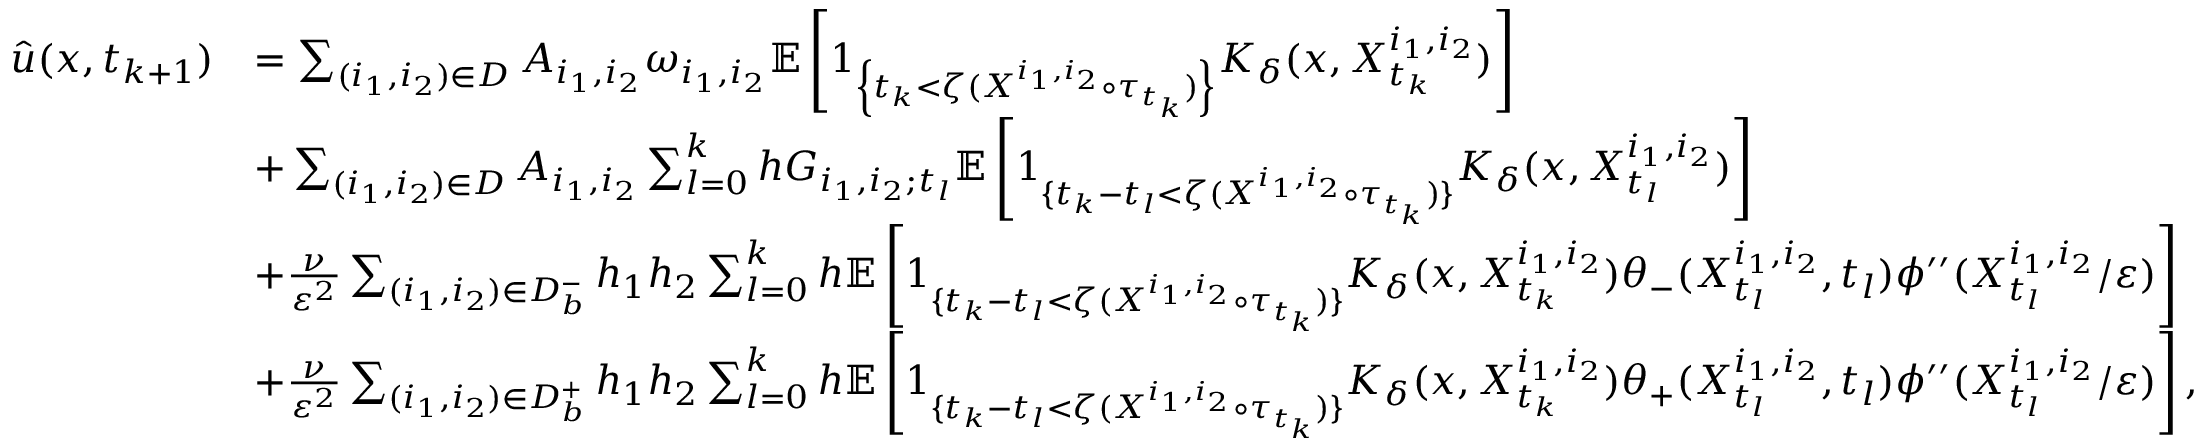
\begin{array} { r l } { \Hat { u } ( x , t _ { k + 1 } ) } & { = \sum _ { ( i _ { 1 } , i _ { 2 } ) \in D } A _ { i _ { 1 } , i _ { 2 } } \omega _ { i _ { 1 } , i _ { 2 } } \mathbb { E } \left[ 1 _ { \left\{ t _ { k } < \zeta ( X ^ { i _ { 1 } , i _ { 2 } } \circ \tau _ { t _ { k } } ) \right\} } K _ { \delta } ( x , X _ { t _ { k } } ^ { i _ { 1 } , i _ { 2 } } ) \right] } \\ & { + \sum _ { ( i _ { 1 } , i _ { 2 } ) \in D } A _ { i _ { 1 } , i _ { 2 } } \sum _ { l = 0 } ^ { k } h G _ { i _ { 1 } , i _ { 2 } ; t _ { l } } \mathbb { E } \left[ 1 _ { \{ t _ { k } - t _ { l } < \zeta ( X ^ { i _ { 1 } , i _ { 2 } } \circ \tau _ { t _ { k } } ) \} } K _ { \delta } ( x , X _ { t _ { l } } ^ { i _ { 1 } , i _ { 2 } } ) \right] } \\ & { + \frac { \nu } { \varepsilon ^ { 2 } } \sum _ { ( i _ { 1 } , i _ { 2 } ) \in D _ { b } ^ { - } } h _ { 1 } h _ { 2 } \sum _ { l = 0 } ^ { k } h \mathbb { E } \left[ 1 _ { \{ t _ { k } - t _ { l } < \zeta ( X ^ { i _ { 1 } , i _ { 2 } } \circ \tau _ { t _ { k } } ) \} } K _ { \delta } ( x , X _ { t _ { k } } ^ { i _ { 1 } , i _ { 2 } } ) \theta _ { - } ( X _ { t _ { l } } ^ { i _ { 1 } , i _ { 2 } } , t _ { l } ) \phi ^ { \prime \prime } ( X _ { t _ { l } } ^ { i _ { 1 } , i _ { 2 } } / \varepsilon ) \right] } \\ & { + \frac { \nu } { \varepsilon ^ { 2 } } \sum _ { ( i _ { 1 } , i _ { 2 } ) \in D _ { b } ^ { + } } h _ { 1 } h _ { 2 } \sum _ { l = 0 } ^ { k } h \mathbb { E } \left[ 1 _ { \{ t _ { k } - t _ { l } < \zeta ( X ^ { i _ { 1 } , i _ { 2 } } \circ \tau _ { t _ { k } } ) \} } K _ { \delta } ( x , X _ { t _ { k } } ^ { i _ { 1 } , i _ { 2 } } ) \theta _ { + } ( X _ { t _ { l } } ^ { i _ { 1 } , i _ { 2 } } , t _ { l } ) \phi ^ { \prime \prime } ( X _ { t _ { l } } ^ { i _ { 1 } , i _ { 2 } } / \varepsilon ) \right] , } \end{array}